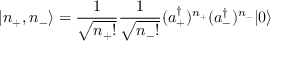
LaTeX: | n _ { + } , n _ { - } \rangle = \frac { 1 } { \sqrt { n _ { + } ! } } \frac { 1 } { \sqrt { n _ { - } ! } } ( a _ { + } ^ { \dagger } ) ^ { n _ { + } } ( a _ { - } ^ { \dagger } ) ^ { n _ { - } } | 0 \rangle